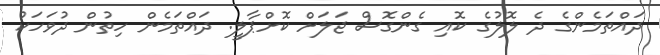
ދައްތަމެންގެ ދެ ލޮލުގެ ކޮއި ގެންގޮސް ޖަލަށް ކޮށްޕާލީ. ދައްތަމެން ހިތުން ދުވަހަކު